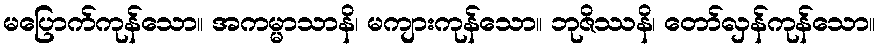
မပြောက်ကုန်သော။ အကမ္မာသာနိ၊ မကျားကုန်သော။ ဘုဇိဿနိ၊ တော်လှန်ကုန်သော။